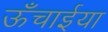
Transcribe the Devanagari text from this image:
ऊँचाईया